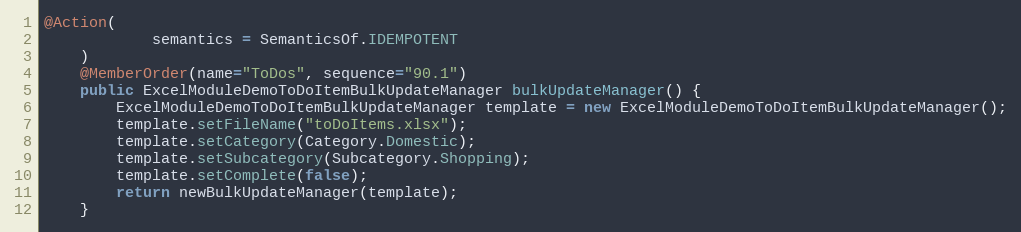
Language: Java
@Action(
            semantics = SemanticsOf.IDEMPOTENT
    )
    @MemberOrder(name="ToDos", sequence="90.1")
    public ExcelModuleDemoToDoItemBulkUpdateManager bulkUpdateManager() {
        ExcelModuleDemoToDoItemBulkUpdateManager template = new ExcelModuleDemoToDoItemBulkUpdateManager();
        template.setFileName("toDoItems.xlsx");
        template.setCategory(Category.Domestic);
        template.setSubcategory(Subcategory.Shopping);
        template.setComplete(false);
        return newBulkUpdateManager(template);
    }